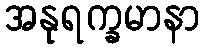
အနုရက္ခမာနာ